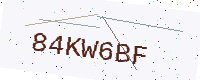
Text: 84KW6BF